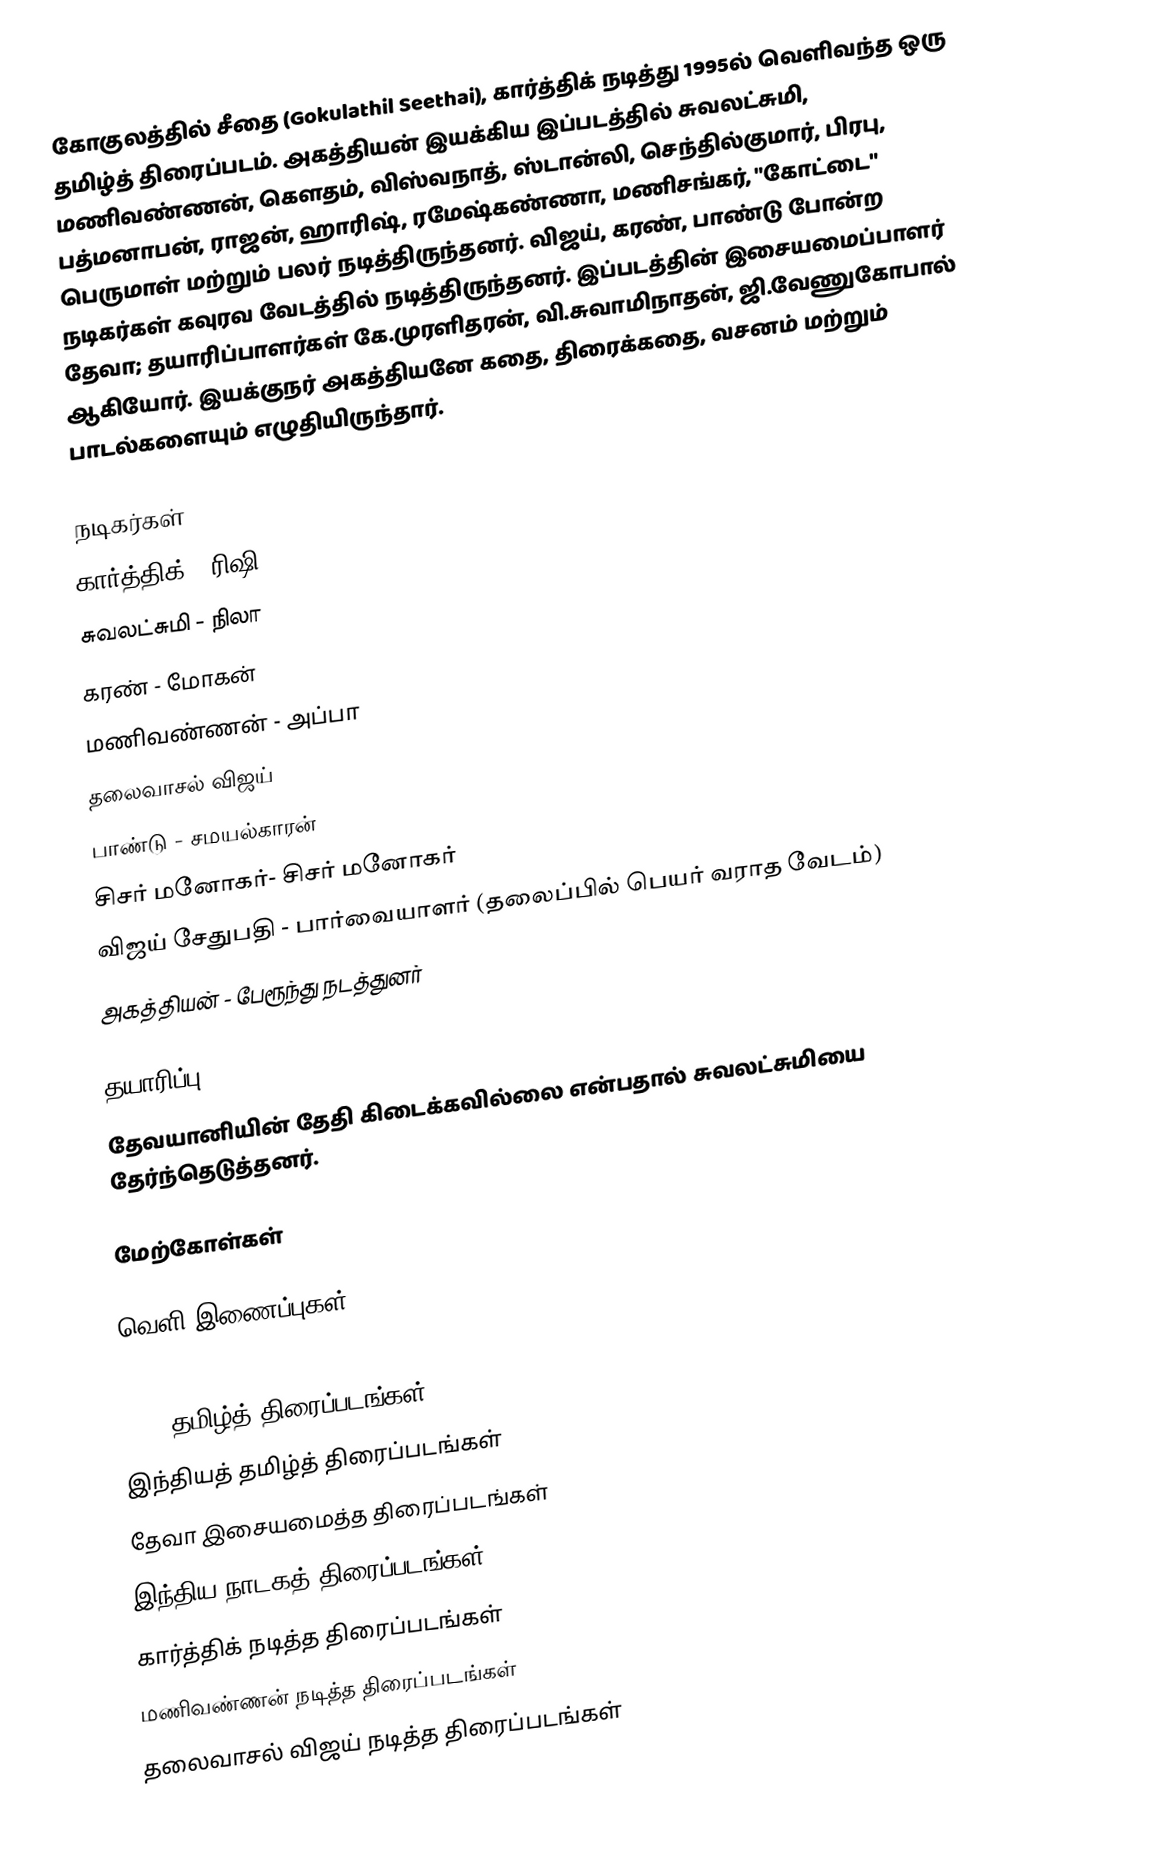
கோகுலத்தில் சீதை (Gokulathil Seethai), கார்த்திக் நடித்து 1995ல் வெளிவந்த ஒரு தமிழ்த் திரைப்படம். அகத்தியன் இயக்கிய இப்படத்தில் சுவலட்சுமி, மணிவண்ணன், கெளதம், விஸ்வநாத், ஸ்டான்லி, செந்தில்குமார், பிரபு, பத்மனாபன், ராஜன், ஹாரிஷ், ரமேஷ்கண்ணா, மணிசங்கர், "கோட்டை" பெருமாள் மற்றும் பலர் நடித்திருந்தனர். விஜய், கரண், பாண்டு போன்ற நடிகர்கள் கவுரவ வேடத்தில் நடித்திருந்தனர். இப்படத்தின் இசையமைப்பாளர் தேவா; தயாரிப்பாளர்கள் கே.முரளிதரன், வி.சுவாமிநாதன், ஜி.வேணுகோபால் ஆகியோர். இயக்குநர் அகத்தியனே கதை, திரைக்கதை, வசனம் மற்றும் பாடல்களையும் எழுதியிருந்தார்.

நடிகர்கள்
 கார்த்திக் - ரிஷி
 சுவலட்சுமி - நிலா
 கரண் - மோகன்
 மணிவண்ணன் - அப்பா
 தலைவாசல் விஜய்
 பாண்டு - சமயல்காரன்
 சிசர் மனோகர்- சிசர் மனோகர்
 விஜய் சேதுபதி - பார்வையாளர் (தலைப்பில் பெயர் வராத வேடம்)
 அகத்தியன் - பேரூந்து நடத்துனர்

தயாரிப்பு
தேவயானியின் தேதி கிடைக்கவில்லை என்பதால் சுவலட்சுமியை தேர்ந்தெடுத்தனர்.

மேற்கோள்கள்

வெளி இணைப்புகள்

1995 தமிழ்த் திரைப்படங்கள்
இந்தியத் தமிழ்த் திரைப்படங்கள்
தேவா இசையமைத்த திரைப்படங்கள்
இந்திய நாடகத் திரைப்படங்கள்
கார்த்திக் நடித்த திரைப்படங்கள்
மணிவண்ணன் நடித்த திரைப்படங்கள்
தலைவாசல் விஜய் நடித்த திரைப்படங்கள்